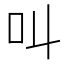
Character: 叫